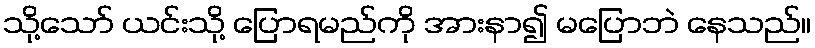
သို့သော် ယင်းသို့ ပြောရမည်ကို အားနာ၍ မပြောဘဲ နေသည်။